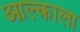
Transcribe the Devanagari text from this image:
आल्काला